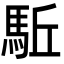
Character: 駈